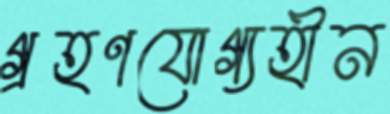
গ্রহণযোগ্যহীন